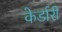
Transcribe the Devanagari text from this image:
केर्डारी